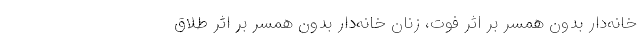
خانه‌دار بدون همسر بر اثر فوت، زنان خانه‌دار بدون همسر بر اثر طلاق